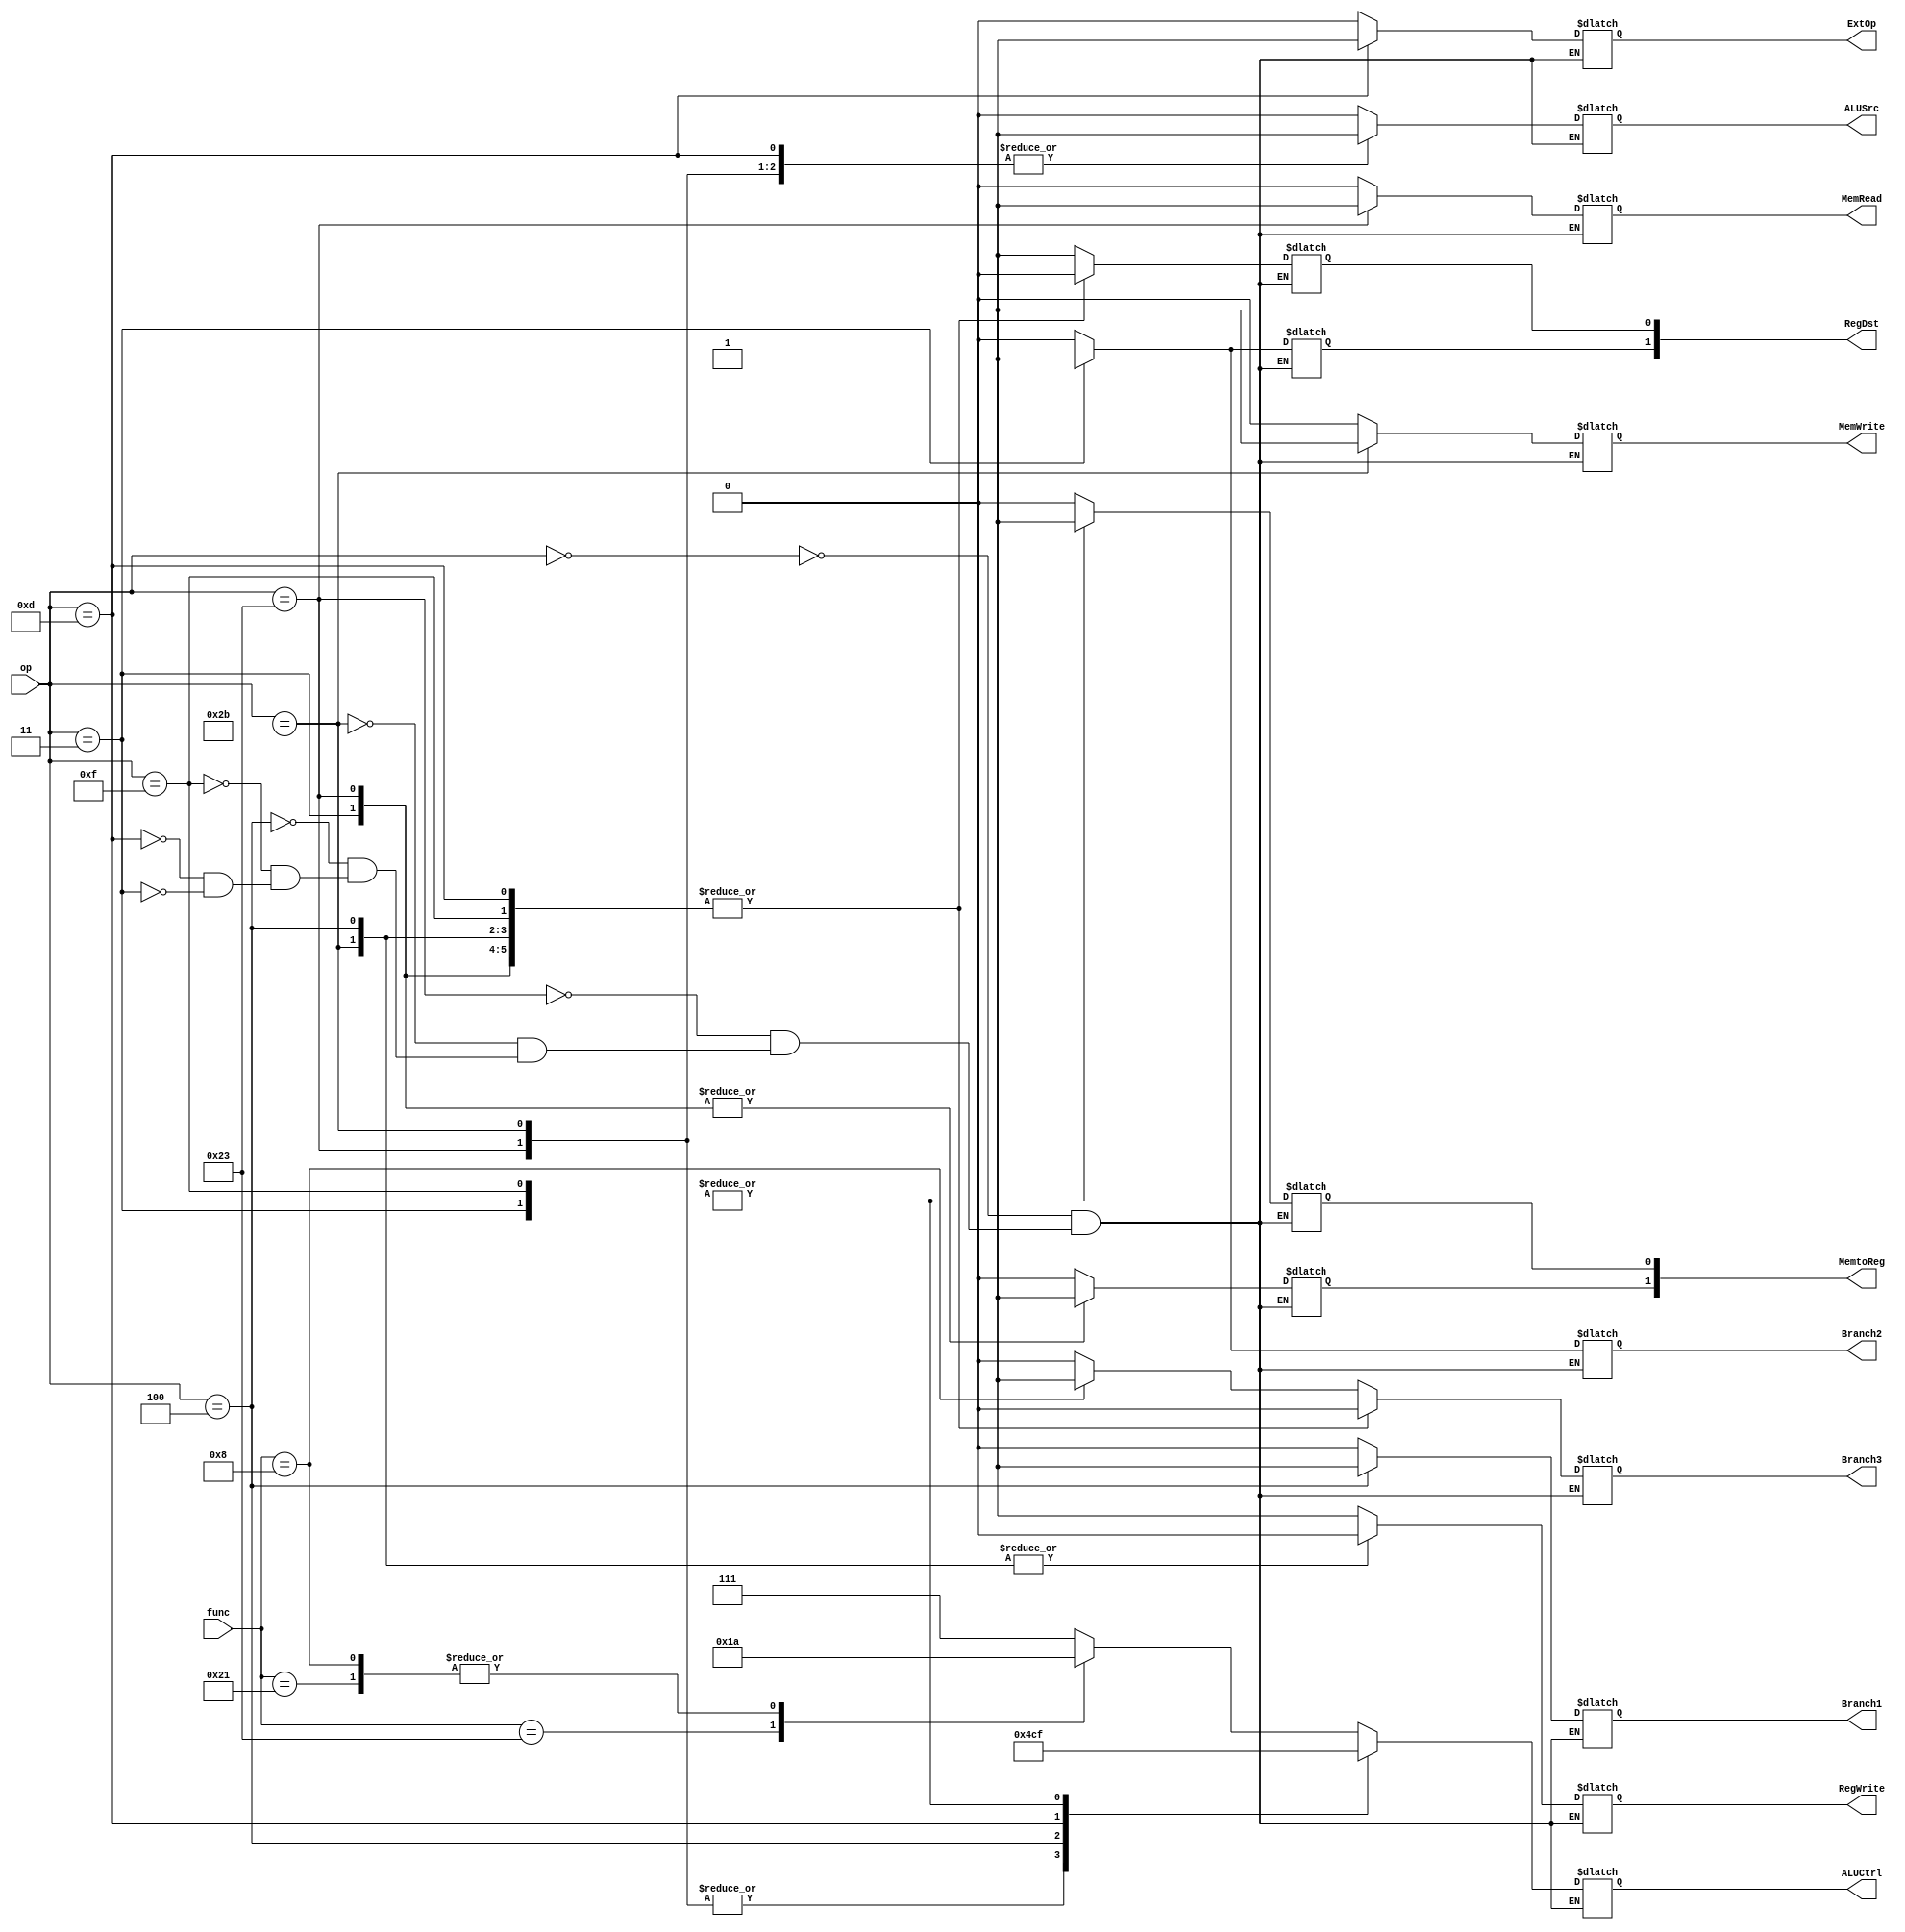
`timescale 1ns / 1ps
//////////////////////////////////////////////////////////////////////////////////
// Company: 
// Engineer: 
// 
// Design Name: 
// Module Name:    new_controller3 
// Project Name: 
// Target Devices: 
// Tool versions: 
// Description: 
//
// Dependencies: 
//
// Revision: 
// Revision 0.01 - File Created
// Additional Comments: 
//
//////////////////////////////////////////////////////////////////////////////////
module new_controller3(
	 input [5:0] op,
	 input [5:0] func,
    output reg[2:0] ALUCtrl,
    output reg[1:0] RegDst,
    output reg ALUSrc,
    output reg RegWrite,
    output reg MemRead,
    output reg MemWrite,
    output reg [1:0] MemtoReg,
    output reg ExtOp,
    output reg Branch1,
    output reg Branch2,
	 output reg Branch3
    );
	`define R 6'b000000
	`define lw 6'b100011
	`define sw 6'b101011
	`define lui 6'b001111
	`define ori 6'b001101
	`define beq 6'b000100
	`define jal 6'b000011
	`define addu 6'b100001
	`define subu 6'b100011
	`define jr 6'b001000
	
	always@(*) 
	begin
		case (op)
		`R:
		begin
			case(func)
				`addu: begin  
					RegDst[1]<=0;
					RegDst[0]<=1;
					ALUSrc<=0;
					RegWrite<=1;
					MemRead<=0;
					MemWrite<=0;
					MemtoReg[1]<=0;
					MemtoReg[0]<=0;
					ExtOp<=0;
					Branch1<=0;
					ALUCtrl<=3'b010;
					Branch2<=0;	
					Branch3<=0;	
				end
				`subu: begin  
					RegDst[1]<=0;
					RegDst[0]<=1;
					ALUSrc<=0;
					RegWrite<=1;
					MemRead<=0;
					MemWrite<=0;
					MemtoReg[1]<=0;
					MemtoReg[0]<=0;
					ExtOp<=0;
					Branch1<=0;
					ALUCtrl<=3'b011;	
					Branch2<=0;	
					Branch3<=0;	
				end
				`jr: begin  
					RegDst[1]<=0;
					RegDst[0]<=1;
					ALUSrc<=0;
					RegWrite<=1;
					MemRead<=0;
					MemWrite<=0;
					MemtoReg[1]<=0;
					MemtoReg[0]<=0;
					ExtOp<=0;
					Branch1<=0;
					ALUCtrl<=3'b010;	
					Branch2<=0;	
					Branch3<=1;	
				end
				default:  begin
					RegDst[1]<=0;
					RegDst[0]<=1;
					ALUSrc<=0;
					RegWrite<=1;
					MemRead<=0;
					MemWrite<=0;
					MemtoReg[1]<=0;
					MemtoReg[0]<=0;
					ExtOp<=0;
					Branch1<=0;
					ALUCtrl<=3'b010;	
					Branch2<=0;	
					Branch3<=0;
					ALUCtrl<=3'b111;	
				end
			endcase
		end
		`lw:
		begin
			RegDst[1]<=0;
			RegDst[0]<=0;
			ALUSrc<=1;
			RegWrite<=1;
			MemRead<=1;
			MemWrite<=0;
			MemtoReg[1]<=1;
			MemtoReg[0]<=0;
			ExtOp<=0;
			Branch1<=0;
			ALUCtrl<=3'b010;	
			Branch2<=0;		
			Branch3<=0;	
		end
		
		`sw:
		begin
			RegDst[1]<=0;
			RegDst[0]<=0;
			ALUSrc<=1;
			RegWrite<=0;
			MemRead<=0;
			MemWrite<=1;
			MemtoReg[1]<=0;
			MemtoReg[0]<=0;
			ExtOp<=0;
			Branch1<=0;
			ALUCtrl<=3'b010;	
			Branch2<=0;	
			Branch3<=0;	
		end

      `beq:
		begin
			RegDst[1]<=0;
			RegDst[0]<=0;
			ALUSrc<=0;
			RegWrite<=0;
			MemRead<=0;
			MemWrite<=0;
			MemtoReg[1]<=0;
			MemtoReg[0]<=0;
			ExtOp<=0;
			Branch1<=1;
			ALUCtrl<=3'b011;	
			Branch2<=0;	
			Branch3<=0;	
		end
 
     `lui:
		begin
			RegDst[1]<=0;
			RegDst[0]<=0;
			ALUSrc<=0;
			RegWrite<=1;
			MemRead<=0;
			MemWrite<=0;
			MemtoReg[1]<=0;
			MemtoReg[0]<=1;
			ExtOp<=0;
			Branch1<=0;
			ALUCtrl<=3'b111;
			Branch2<=0;	
			Branch3<=0;	
		end

      `ori:
		begin
			RegDst[1]<=0;
			RegDst[0]<=0;
			ALUSrc<=1;
			RegWrite<=1;
			MemRead<=0;
			MemWrite<=0;
			MemtoReg[1]<=0;
			MemtoReg[0]<=0;
			ExtOp<=1;
			Branch1<=0;
			ALUCtrl<=3'b001;	
			Branch2<=0;	
			Branch3<=0;	
		end

		`jal:
		begin
			RegDst[1]<=1;
			RegDst[0]<=0;
			ALUSrc<=0;
			RegWrite<=1;
			MemRead<=0;
			MemWrite<=0;
			MemtoReg[1]<=1;
			MemtoReg[0]<=1;
			ExtOp<=0;
			Branch1<=0;
			ALUCtrl<=3'b111;
			Branch2<=1;	
			Branch3<=0;	
		end
		endcase
	end	

endmodule